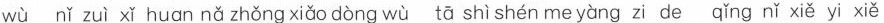
wù nǐ zuì xǐ huan nǎ zhǒng xiǎo dòng wù tā shì shén me yàng zi de qǐng nǐ xiě yi xiě